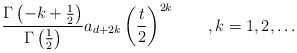
\begin{align*}\frac{\Gamma \left( -k+\frac 12\right) }{\Gamma \left(\frac12\right) }a_{d+2k}\left( \frac t2\right) ^{2k}\qquad ,k=1,2,\ldots\end{align*}